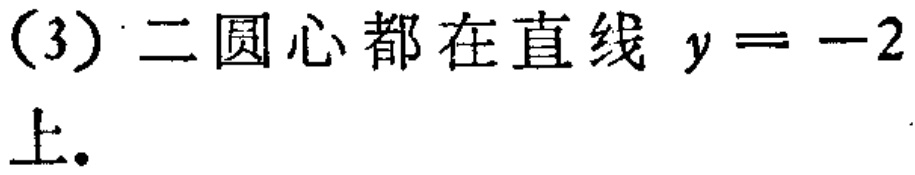
(3) 二圆心都在直线 \(y = - 2\) 上。